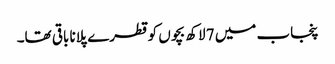
پنجاب میں 7 لاکھ بچوں کو قطرے پلانا باقی تھا۔